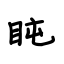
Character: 盹